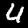
Label: 4